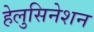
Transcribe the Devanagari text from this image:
हेलुसिनेशन